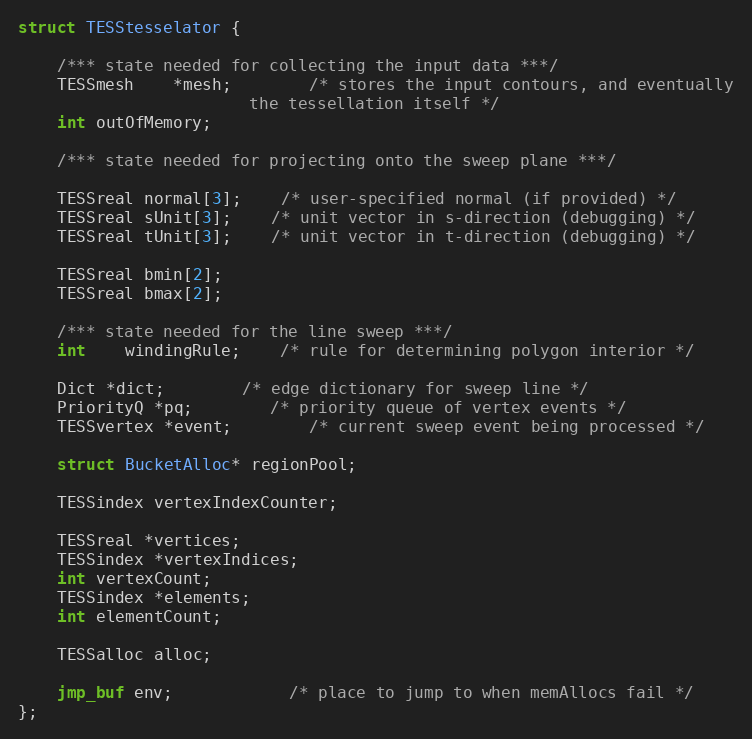
Language: C
struct TESStesselator {

	/*** state needed for collecting the input data ***/
	TESSmesh	*mesh;		/* stores the input contours, and eventually
						the tessellation itself */
	int outOfMemory;

	/*** state needed for projecting onto the sweep plane ***/

	TESSreal normal[3];	/* user-specified normal (if provided) */
	TESSreal sUnit[3];	/* unit vector in s-direction (debugging) */
	TESSreal tUnit[3];	/* unit vector in t-direction (debugging) */

	TESSreal bmin[2];
	TESSreal bmax[2];

	/*** state needed for the line sweep ***/
	int	windingRule;	/* rule for determining polygon interior */

	Dict *dict;		/* edge dictionary for sweep line */
	PriorityQ *pq;		/* priority queue of vertex events */
	TESSvertex *event;		/* current sweep event being processed */

	struct BucketAlloc* regionPool;

	TESSindex vertexIndexCounter;

	TESSreal *vertices;
	TESSindex *vertexIndices;
	int vertexCount;
	TESSindex *elements;
	int elementCount;

	TESSalloc alloc;

	jmp_buf env;			/* place to jump to when memAllocs fail */
};